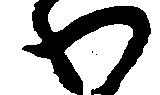
わ